Scientific memoirs by medical officers of the Army of India - Part V,
Year: 1890
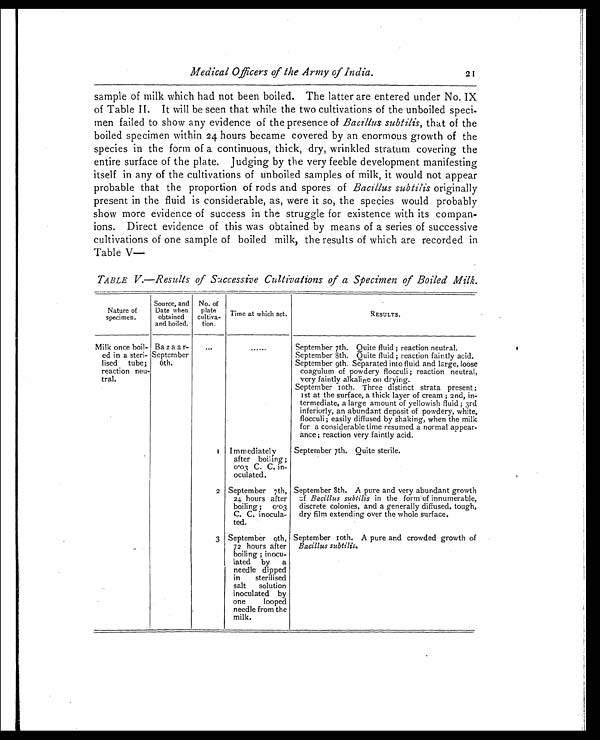
Medical Officers of the Army of India.
21
sample of milk which had not been boiled. The latter are entered under No. IX
of Table II. It will be seen that while the two cultivations of the unboiled speci-
men failed to show any evidence of the presence of Bacillus subtilis, that of the
boiled specimen within 24 hours became covered by an enormous growth of the
species in the form of a continuous, thick, dry, wrinkled stratum covering the
entire surface of the plate. Judging by the very feeble development manifesting
itself in any of the cultivations of unboiled samples of milk, it would not appear
probable that the proportion of rods and spores of Bacillus subtilis originally
present in the fluid is considerable, as, were it so, the species would probably
show more evidence of success in the struggle for existence with its compan-
ions. Direct evidence of this was obtained by means of a series of successive
cultivations of one sample of boiled milk, the results of which are recorded in
Table V—
TABLE V.—Results of Successive Cultivations of a Specimen of Boiled Milk.
Nature of
specimen.
Source, and
Date when
obtained
and boiled.
No. of
plate
cultiva-
tion.
Time at which set.
RESULTS.
Milk once boil-
ed in a steri-
lised tube;
reaction neu-
tral.
Bazaar-
September
6th.
...
. . . . . . . September 7th. Quite fluid ; reaction neutral.
September 8th. Quite fluid ; reaction faintly acid.
September 9th. Separated into fluid and large, loose
coagulum of powdery flocculi ; reaction neutral,
very faintly alkaline on drying.
September l0th. Three distinct strata present ;
1st at the surface, a thick layer of cream ; 2nd, in-
termediate, a large amount of yellowish fluid ; 3rd
inferiorly, an abundant deposit of powdery, white,
flocculi ; easily diffused by shaking, when the milk
for a considerable time resumed a normal appear-
ance; reaction very faintly acid.
1 Immediately
after boiling;
0.03 C. C. in-
oculated.
September 7th. Quite sterile.
2 September 7th,
24 hours after
boiling ; 0.03
C. C. inocula-
ted.
September 8th. A pure and very abundant growth
of Bacillus subtilis in the form of innumerable,
discrete colonies, and a generally diffused, tough,
dry film extending over the whole surface.
3 September 9th,
72 hours after
boiling ; inocu-
lated by a
needle dipped
in sterilised
salt solution
inoculated by
one looped
needle from the
milk.
September 10th. A pure and crowded growth of
Bacillus subtilis.